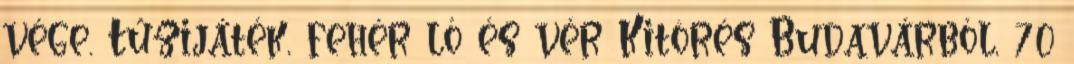
vége. Tűzijáték, fehér ló és vér Kitörés Budavárból, 70